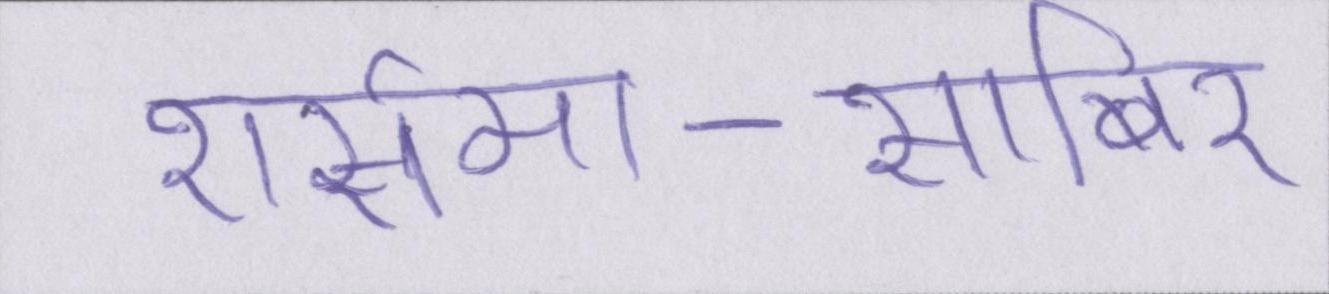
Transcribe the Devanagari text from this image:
शर्समा-साबिर